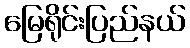
မြေရိုင်းပြည်နယ်